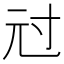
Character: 㝴